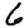
Digit: 6